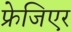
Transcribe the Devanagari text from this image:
फ्रेजिएर